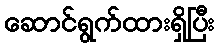
ဆောင်ရွက်ထားရှိပြီး